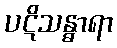
ပဋိသန္ဓာရာ